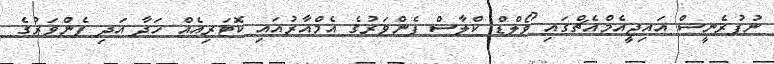
ނުފުރެނީސް އައިޖީއެމްއެޗްގައި ވޯލްޑް ކްލާސް ފެންވަރުގެ އެމްއާރުއައި ކޮޓަރިއެއް ހަދާ އަދި ފެންވަރުގެ